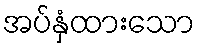
အပ်နှံထားသော